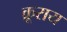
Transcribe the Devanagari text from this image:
क्रूराय